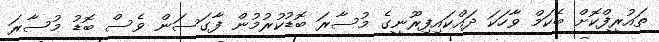
ތައުރީފްކޮށް ބެކަމް ވާހަކަ ދައްކައިފިރޫނީގެ މުސާރަ ބޮޑުކުރުމުން ފާގަސަން ވެސް ބޮޑު މުސާރަ